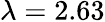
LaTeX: \lambda=2.63